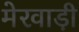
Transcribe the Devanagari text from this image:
मेरवाड़ी